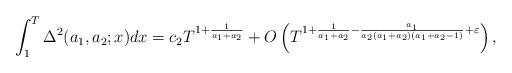
LaTeX: \begin{align*} \int_1^T \Delta^2(a_1,a_2;x)dx=c_2 T^{1+\frac{1}{a_1+a_2}}+O\left(T^{1+\frac{1}{a_1+a_2}-\frac{a_1}{a_2(a_1+a_2)(a_1+a_2-1)}+\varepsilon}\right),\end{align*}